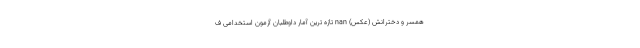
همسر و دخترانش (عکس) nan تازه ترین آمار داوطلبان آزمون استخدامی ف